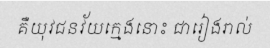
គឺយុវជនវ័យក្មេងនោះ ជារៀងរាល់